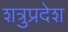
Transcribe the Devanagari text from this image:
शत्रुप्रदेश